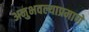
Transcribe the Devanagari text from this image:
अनुभवल्याप्रमाणे